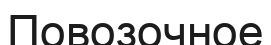
Повозочное